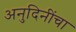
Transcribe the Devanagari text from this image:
अनुदिनींचा